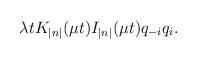
LaTeX: \begin{align*}\lambda tK_{\left| n\right| }(\mu t)I_{\left| n\right| }(\mu t)q_{-i}q_i.\end{align*}